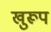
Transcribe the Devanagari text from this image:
खुरूप